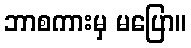
ဘာစကားမှ မပြော။